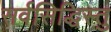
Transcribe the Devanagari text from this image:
सर्वसिद्धिस्तु